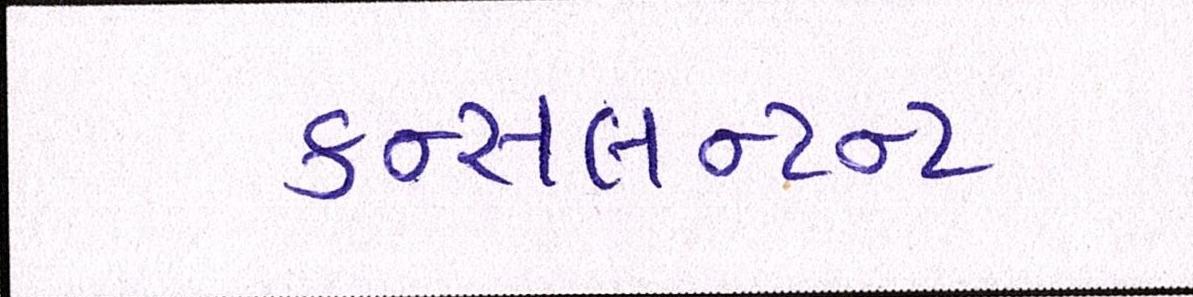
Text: કન્સલન્ટન્ટ